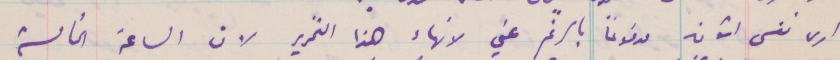
أرى نفسي اتون مدفوعًأ بالرغم عني لانهاء هذا التحرير لان الساعة الخامسة